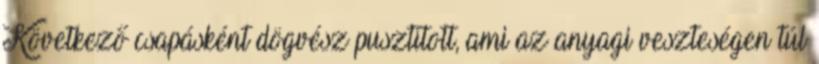
Következő csapásként dögvész pusztított, ami az anyagi veszteségen túl